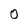
Character: 0